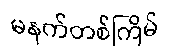
မနက်တစ်ကြိမ်